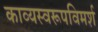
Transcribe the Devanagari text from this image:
काव्यस्वरूपविमर्श